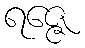
ရဇ္ဇေ